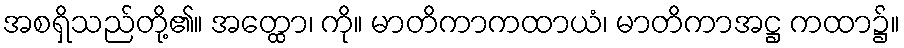
အစရှိသည်တို့၏။ အတ္ထော၊ ကို။ မာတိကာကထာယံ၊ မာတိကာအဋ္ဌ ကထာ၌။